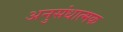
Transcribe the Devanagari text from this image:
अनुसंधात्मक